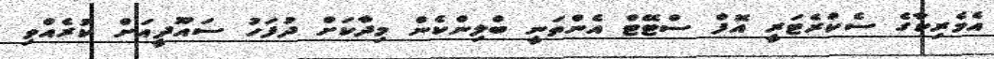
އެމެރިކާގެ ސެކްރެޓަރީ އޮފް ސްޓޭޓް އެންތަނީ ބްލިންކެން މިދާކަށް ދުފަހު ސައޫދީއަށް ކުރެއްވި